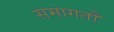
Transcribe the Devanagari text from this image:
समागतौ